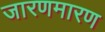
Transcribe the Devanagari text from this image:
जारणमारण